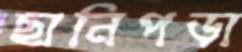
ছানিপড়া